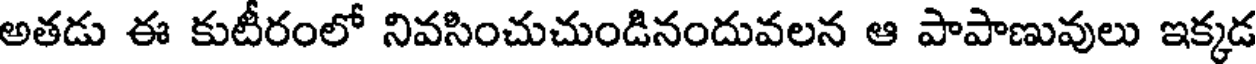
అతడు ఈ కుటీరంలో నివసించుచుండినందువలన ఆ పాపాణువులు ఇక్కడ